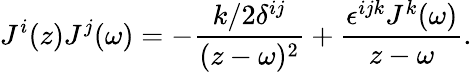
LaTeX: J^{i}(z)J^{j}(\omega)=-\frac{k/2\delta^{ij}}{(z-\omega)^{2}}+\frac{\epsilon^{ijk}J^{k}(\omega)}{z-\omega}.